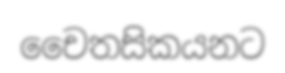
චෛතසිකයනට